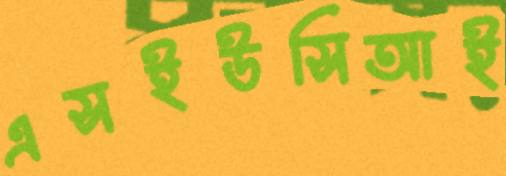
এসইউসিআই